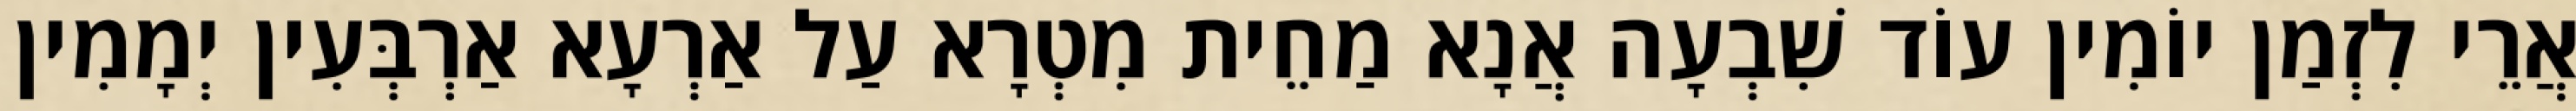
אֲרֵי לִזְמַן יוֹמִין עוֹד שִׁבְעָה אֲנָא מַחֵית מִטְרָא עַל אַרְעָא אַרְבְּעִין יְמָמִין